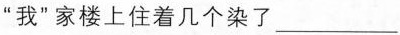
”我”家楼上住着几个染了___